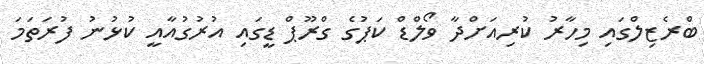
ބްރެޒިިލްގައި މިހާރު ކުރިއަށްދާ ވޯލްޑް ކަޕުގެ ގްރޫޕް ޑީގައި އުރުގުއާއީ ކުޅުނު ފުރަތަމަ